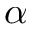
\alpha